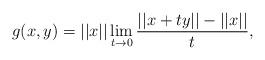
LaTeX: \begin{align*} g(x,y) = ||x||\lim_{t\rightarrow 0}\frac{||x+ty||-||x||}{t},\end{align*}